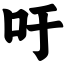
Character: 吁